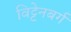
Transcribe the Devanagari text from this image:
विट्टेनबर्ग